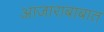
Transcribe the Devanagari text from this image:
आजाराबाबात